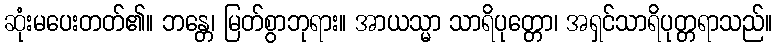
ဆုံးမပေးတတ်၏။ ဘန္တေ၊ မြတ်စွာဘုရား။ အာယသ္မာ သာရိပုတ္တော၊ အရှင်သာရိပုတ္တရာသည်။